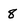
Character: 8